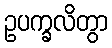
ဥပက္ခလိတွာ